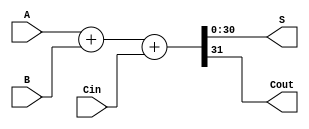
// This program was cloned from: https://github.com/tongplw/HW-Syn-Lab
// License: MIT License

`timescale 1ns / 1ps
//-------------------------------------------------------
// Title        : ADDER.
// Library      : nanoLADA
// Purpose      : Computer Architecture
// Developers   : Krerk Piromsopa, Ph. D.
//              : Chulalongkorn University.
module adder(S,Cout,A,B,Cin);
parameter WIDTH=31;
output	[WIDTH-1:0]	S;
output				Cout;
input	[WIDTH-1:0]	A;
input	[WIDTH-1:0]	B;
input				Cin;

assign {Cout,S}=A+B+Cin;

endmodule